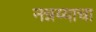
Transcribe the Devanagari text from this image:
नन्नय्याचा